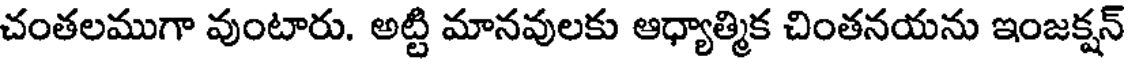
చంతలముగా వుంటారు. అట్టి మానవులకు ఆధ్యాత్మిక చింతనయను ఇంజక్షన్